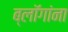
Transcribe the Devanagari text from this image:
ब्लॉगांना